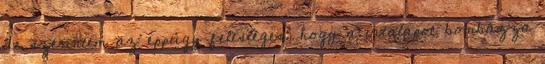
de szerintem az éppúgy felesleges, hogy a vitalapot bombázza